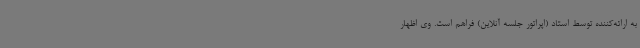
به ارائه‌کننده توسط استاد (اپراتور جلسه آنلاین) فراهم است. وی اظهار